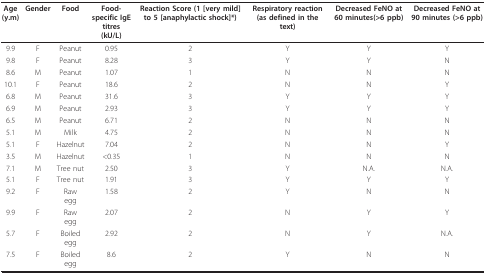
<table><thead><tr><td><b>Age (y.m)</b></td><td><b>Gender</b></td><td><b>Food</b></td><td><b>Food-specific IgE titres(kU/L)</b></td><td><b>Reaction Score (1 [very mild] to 5 [anaphylactic shock]*)</b></td><td><b>Respiratory reaction (as defined in the text)</b></td><td><b>Decreased FeNO at 60 minutes(&gt;6 ppb)</b></td><td><b>Decreased FeNO at 90 minutes (&gt;6 ppb)</b></td></tr></thead><tbody><tr><td>9.9</td><td>F</td><td>Peanut</td><td>0.95</td><td>2</td><td>Y</td><td>Y</td><td>Y</td></tr><tr><td>9.8</td><td>F</td><td>Peanut</td><td>8.28</td><td>3</td><td>Y</td><td>Y</td><td>N</td></tr><tr><td>8.6</td><td>M</td><td>Peanut</td><td>1.07</td><td>1</td><td>N</td><td>N</td><td>N</td></tr><tr><td>10.1</td><td>F</td><td>Peanut</td><td>18.6</td><td>2</td><td>N</td><td>N</td><td>Y</td></tr><tr><td>6.8</td><td>M</td><td>Peanut</td><td>31.6</td><td>3</td><td>Y</td><td>Y</td><td>Y</td></tr><tr><td>6.9</td><td>M</td><td>Peanut</td><td>2.93</td><td>3</td><td>Y</td><td>Y</td><td>Y</td></tr><tr><td>6.5</td><td>M</td><td>Peanut</td><td>6.71</td><td>2</td><td>N</td><td>N</td><td>N</td></tr><tr><td>5.1</td><td>M</td><td>Milk</td><td>4.75</td><td>2</td><td>N</td><td>N</td><td>N</td></tr><tr><td>5.1</td><td>F</td><td>Hazelnut</td><td>7.04</td><td>2</td><td>N</td><td>N</td><td>Y</td></tr><tr><td>3.5</td><td>M</td><td>Hazelnut</td><td>&lt;0.35</td><td>1</td><td>N</td><td>N</td><td>N</td></tr><tr><td>7.1</td><td>M</td><td>Tree nut</td><td>2.50</td><td>3</td><td>Y</td><td>N.A.</td><td>N.A.</td></tr><tr><td>5.1</td><td>F</td><td>Tree nut</td><td>1.91</td><td>3</td><td>Y</td><td>Y</td><td>Y</td></tr><tr><td>9.2</td><td>F</td><td>Raw egg</td><td>1.58</td><td>2</td><td>Y</td><td>N</td><td>N</td></tr><tr><td>9.9</td><td>F</td><td>Raw egg</td><td>2.07</td><td>2</td><td>N</td><td>Y</td><td>Y</td></tr><tr><td>5.7</td><td>F</td><td>Boiled egg</td><td>2.92</td><td>2</td><td>N</td><td>Y</td><td>N.A.</td></tr><tr><td>7.5</td><td>F</td><td>Boiled egg</td><td>8.6</td><td>2</td><td>Y</td><td>N</td><td>N</td></tr></tbody></table>